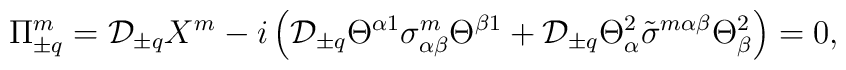
\Pi^m_{\pm q}={\cal D}_{\pm q}X^m-i\left({\cal D}_{\pm q}\Theta^{\alpha 1}\sigma^m_{\alpha \beta}\Theta^{\beta 1}+{\cal D}_{\pm q}\Theta_{\alpha}^2\tilde\sigma^{m\alpha \beta}\Theta_{\beta}^2\right)=0,